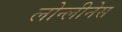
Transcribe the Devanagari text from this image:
लोन्लीनेस